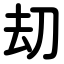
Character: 刧